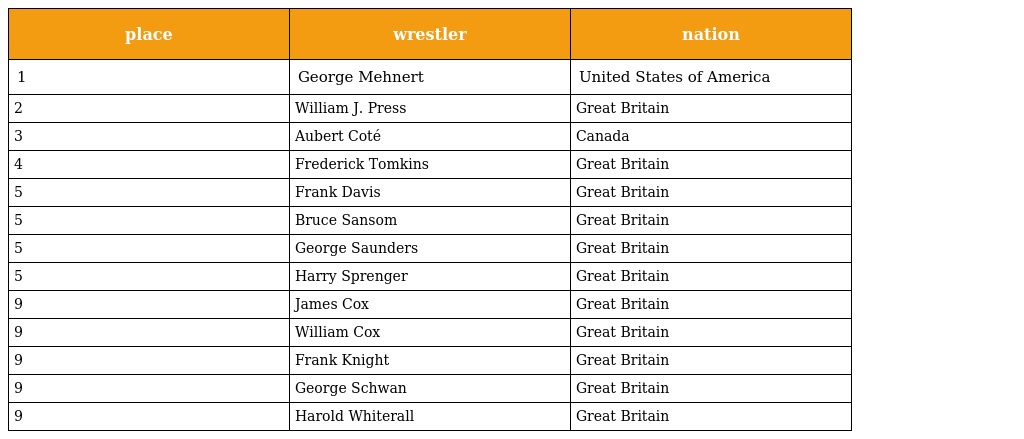
| place | wrestler | nation |
 | --- | --- | --- |
 | 1 | George Mehnert | United States of America |
 | 2 | William J. Press | Great Britain |
 | 3 | Aubert Coté | Canada |
 | 4 | Frederick Tomkins | Great Britain |
 | 5 | Frank Davis | Great Britain |
 | 5 | Bruce Sansom | Great Britain |
 | 5 | George Saunders | Great Britain |
 | 5 | Harry Sprenger | Great Britain |
 | 9 | James Cox | Great Britain |
 | 9 | William Cox | Great Britain |
 | 9 | Frank Knight | Great Britain |
 | 9 | George Schwan | Great Britain |
 | 9 | Harold Whiterall | Great Britain |